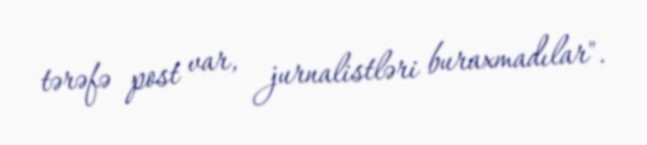
tərəfə post var, jurnalistləri buraxmadılar".